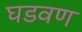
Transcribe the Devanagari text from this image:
घडवण